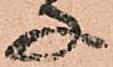
子